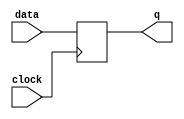
module flip_flop (
    input clock,
    input data,
    output reg q
);

always @(posedge clock) begin
    q <= data;
end

endmodule